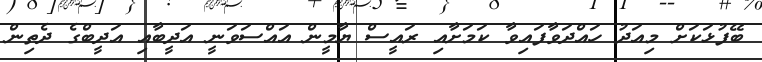
ބޭފުޅަކަށް މިއަދު ހައްދަވާފައިވާ ކަމަށާއި ރައީސް ޔާމީން އައްސަވަނީ އަދީބާއި އަދީބްގެ ދެތިން